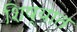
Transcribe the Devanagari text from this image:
शिष्यात